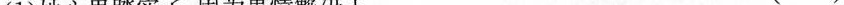
(1)她心里踏实了，因为事情解决了。 ( )